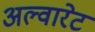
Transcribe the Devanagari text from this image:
अल्वारेट